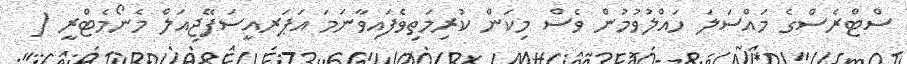
ސްޓްރެސްގެ މައްސަލަ ހައްލުވުމުން ވެސް މިކަން ކުރިމަތިވެފައިވާނަމަ އަޕަރއީސަފޭޖިއަލް މެނޯމެޓްރީ (